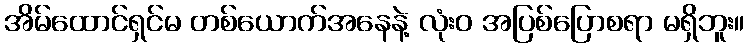
အိမ်ထောင်ရှင်မ တစ်ယောက်အနေနဲ့ လုံးဝ အပြစ်ပြောစရာ မရှိဘူး။